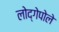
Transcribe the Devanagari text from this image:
लोद्गेपोले